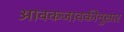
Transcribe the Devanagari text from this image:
आवकजावकीनुसार